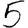
Digit: 5